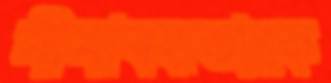
সীমাবদ্ধতাকে